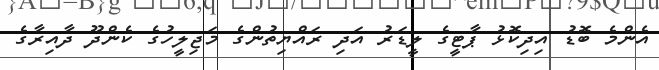
އެންމެ ބޮޑު އިދިކޮޅު ޕާޓީގެ ލީޑަރު އަދި ރައްޔިތުންގެ މަޖިލީހުގެ ކެންދޫ ދާއިރާގެ